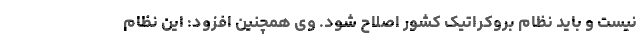
نیست و باید نظام بروکراتیک کشور اصلاح شود. وی همچنین افزود: این نظام